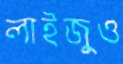
লাইজুও